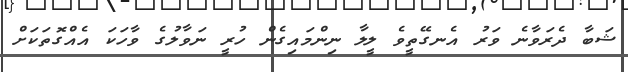
ޝަބާ ދެރަވާނެ ވަރު އެނގޭތީވެ ލީލާ ނިންމައިގެން ހުރީ ނަވާލުގެ ވާހަކަ އެއްގޮތަކަށް